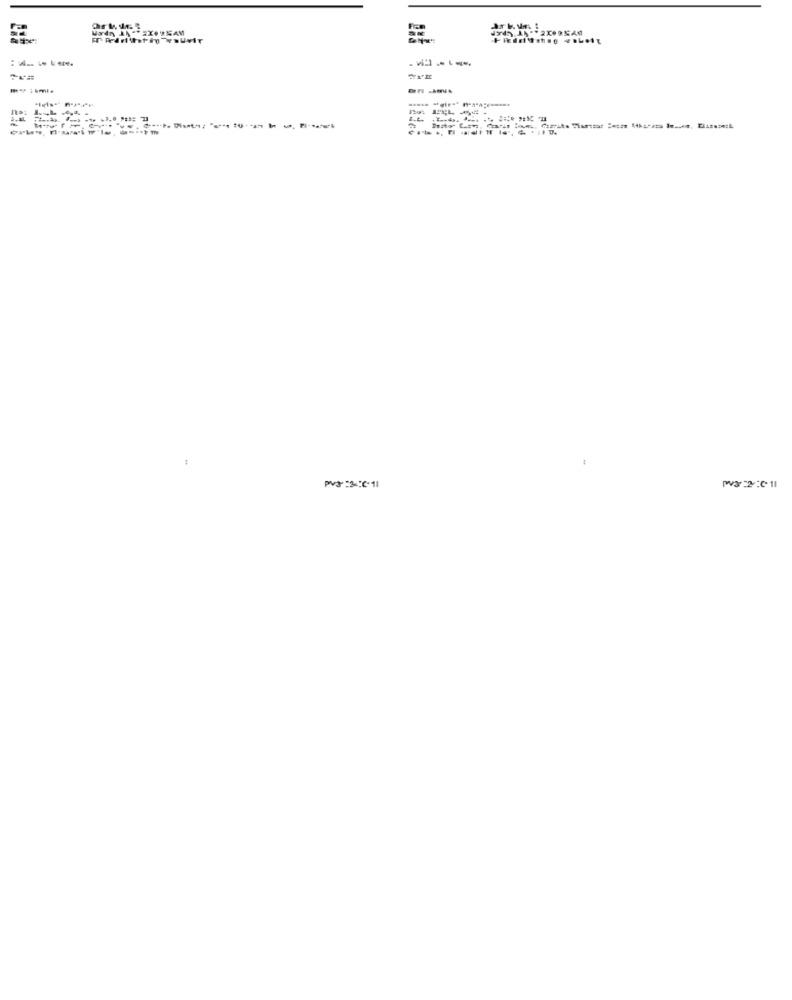
32:011